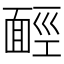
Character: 𩈡